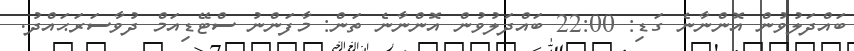
ބައްދަލުވުން އޮންނާނެ ގަޑި: 22:00 ބައްދަލުވުން އޮންނާނެ ތަން: މާފަންނު ސްޓޭޑިއަމް ދުވާސަރަޙައްދު.